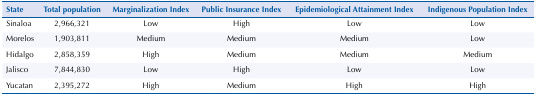
| State | Total population | Marginalization Index | Public Insurance Index | Epidemiological Attainment Index | Indigenous Population Index |
 | --- | --- | --- | --- | --- | --- |
 | Sinaloa | 2,966,321 | Low | High | Low | Low |
 | Morelos | 1,903,811 | Medium | Medium | Medium | Low |
 | Hidalgo | 2,858,359 | High | Medium | Medium | Medium |
 | Jalisco | 7,844,830 | Low | High | Low | Low |
 | Yucatan | 2,395,272 | High | Medium | High | High |